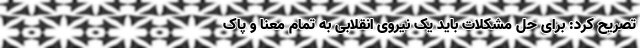
تصریح کرد: برای حل مشکلات باید یک نیروی انقلابی به تمام معنا و پاک